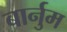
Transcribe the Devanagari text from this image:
बार्नुम